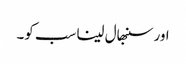
اور سنبھال لینا سب کو۔